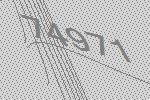
74971